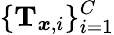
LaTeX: \{ \mathbf{T}_{\boldsymbol{x},i}\} _{i=1}^{C}